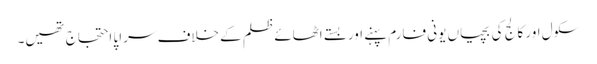
سکول اور کالج کی بچیاں یونی فارم پہنے اور بستے اٹھائے ظلم کے خلاف سراپا احتجاج تھیں۔